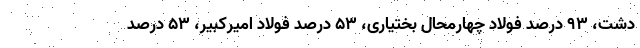
دشت، ۹۳ درصد فولاد چهارمحال بختیاری، ۵۳ درصد فولاد امیرکبیر، ۵۳ درصد